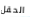
الحقل